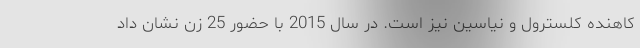
کاهنده کلسترول و نیاسین نیز است. در سال 2015 با حضور 25 زن نشان داد